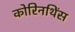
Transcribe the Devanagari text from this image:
कोरिनथिंस